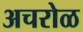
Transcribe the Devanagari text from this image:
अचरोळ